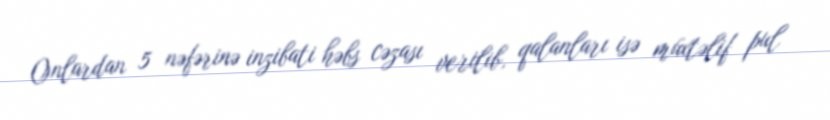
Onlardan 5 nəfərinə inzibati həbs cəzası verilib, qalanları isə müxtəlif pul